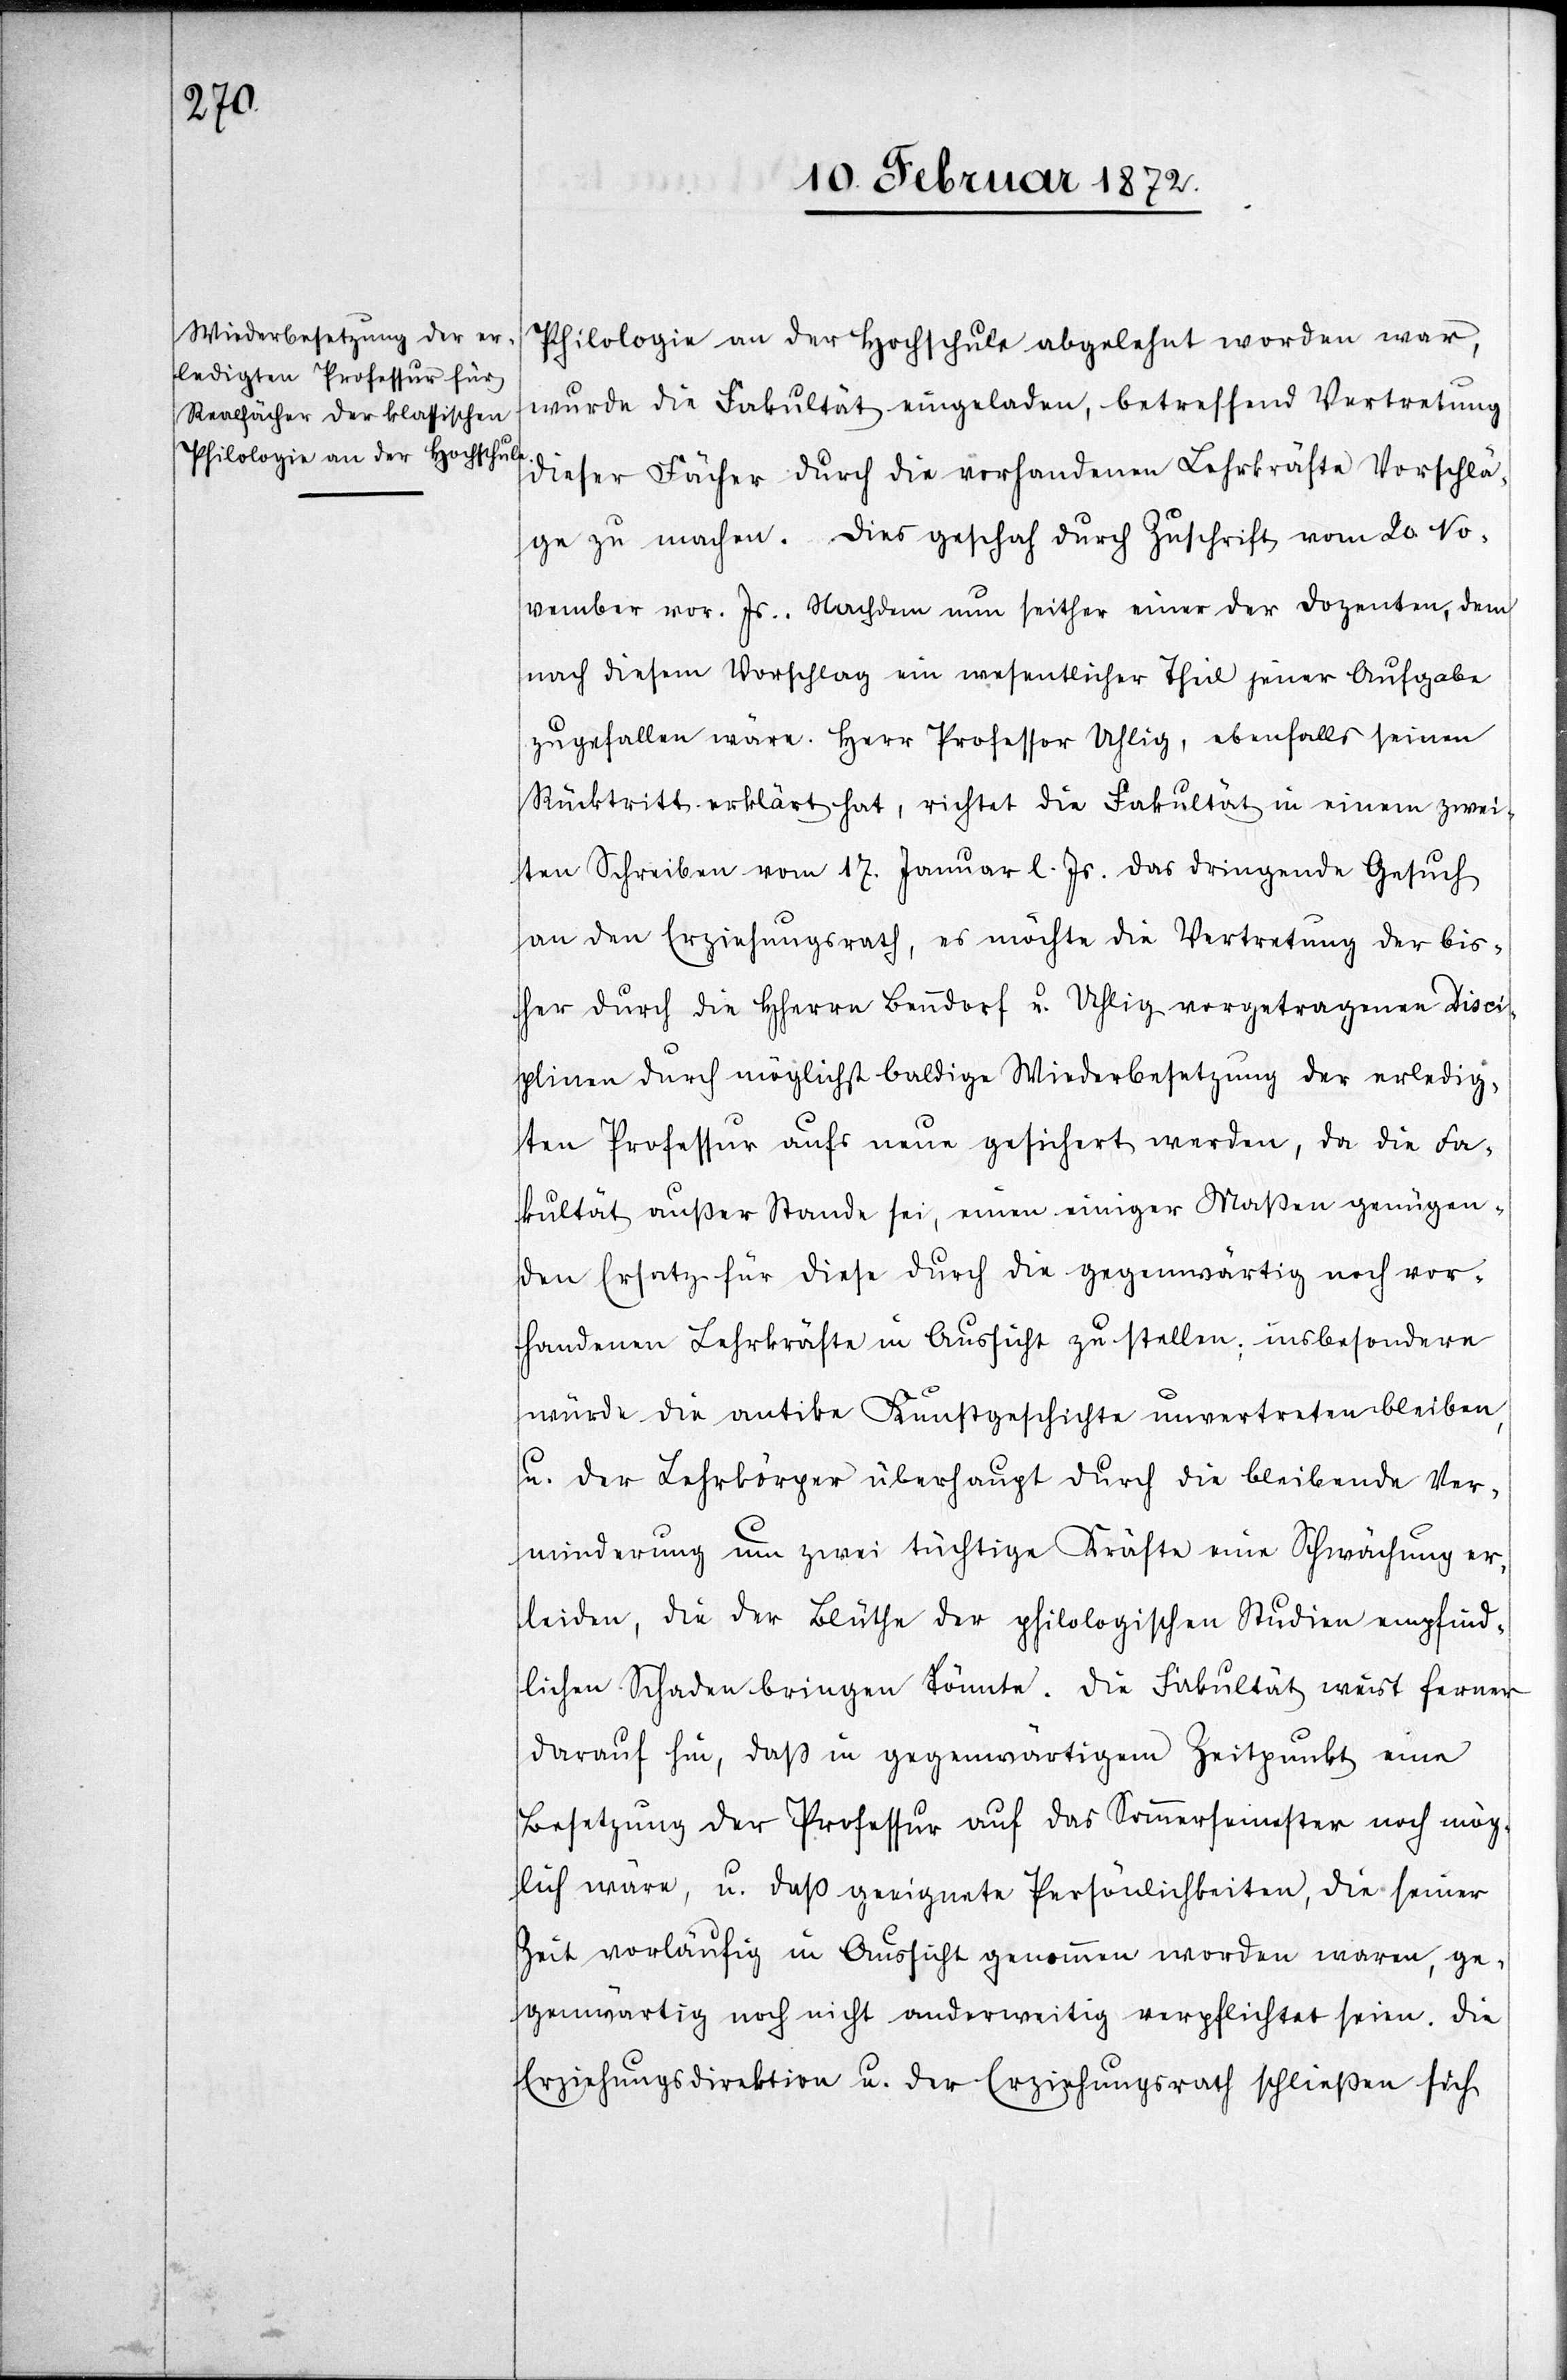
Philologie an der Hochschule abgelehnt worden war,
wurde die Fakultät eingeladen, betreffend Vertretung
dieser Fächer durch die vorhandenen Lehrkräfte Vorschlä¬
ge zu machen. Dies geschah durch Zuschrift vom 20. No¬
vember vor. Js.. Nachdem nun seither einer der Dozenten, dem
nach diesem Vorschlag ein wesentlicher Theil jener Aufgabe
zugefallen wäre, Herr Professor Uhlig, ebenfalls seinen
Rücktritt erklärt hat, richtet die Fakultät in einem zwei¬
ten Schreiben vom 17. Januar l. Js. das dringende Gesuch
an den Erziehungsrath, es möchte die Vertretung der bis¬
her durch die HHerren Benndorf u. Uhlig vorgetragenen Disci¬
plinen durch möglichst baldige Wiederbesetzung der erledig¬
ten Professur aufs neue gesichert werden, da die Fa¬
kultät außer Stande sei, einen einiger Maßen genügen¬
den Ersatz für diese durch die gegenwärtig noch vor¬
handenen Lehrkräfte in Aussicht zu stellen; insbesondere
würde die antike Kunstgeschichte unvertreten bleiben,
u. der Lehrkörper überhaupt durch die bleibende Ver¬
minderung um zwei tüchtige Kräfte eine Schwächung er¬
leiden, die der Blüthe der philologischen Studien empfind¬
lichen Schaden bringen könnte. Die Fakultät weist ferner
darauf hin, daß in gegenwärtigem Zeitpunkt eine
Besetzung der Professur auf das Sommersemester noch mög¬
lich wäre, u. daß geeignete Persönlichkeiten, die seiner
Zeit vorläufig in Aussicht genommen worden waren, ge¬
genwärtig noch nicht anderweitig verpflichtet seien. Die
Erziehungsdirektion u. der Erziehungsrath schließen sich